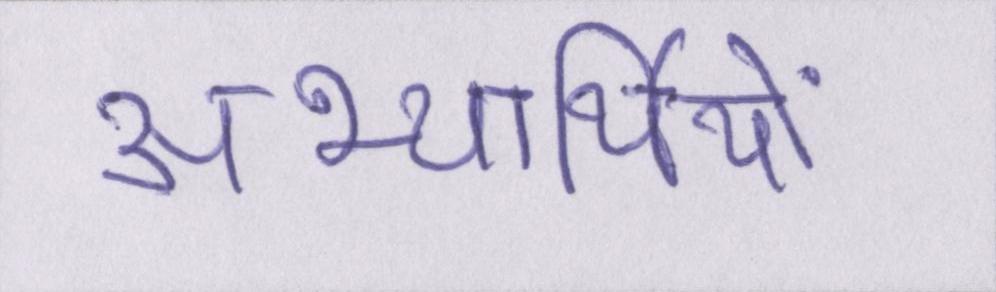
अभ्यर्थियों